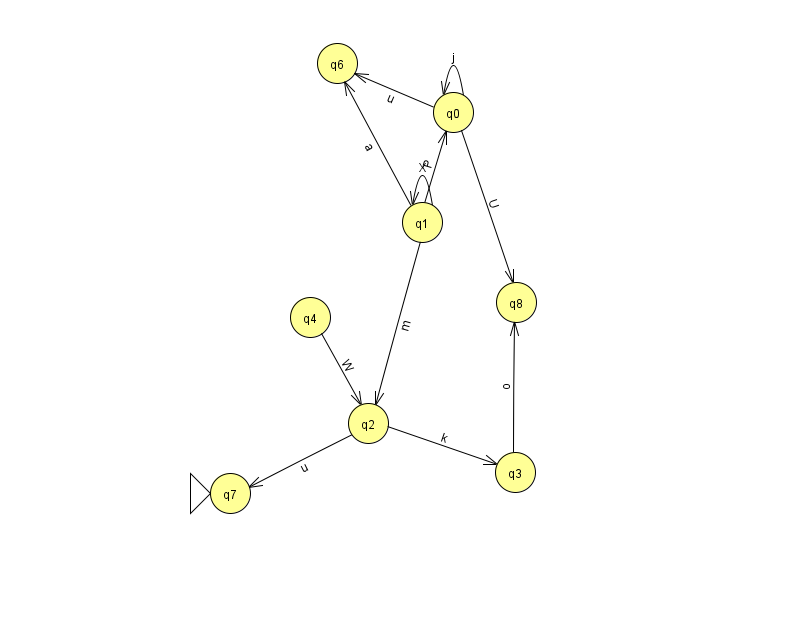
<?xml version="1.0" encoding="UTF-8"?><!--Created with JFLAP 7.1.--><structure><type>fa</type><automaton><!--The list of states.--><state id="0" name="q0"><x>453.0</x><y>99.0</y></state><state id="1" name="q1"><x>422.0</x><y>209.0</y></state><state id="2" name="q2"><x>368.0</x><y>410.0</y></state><state id="3" name="q3"><x>515.0</x><y>459.0</y></state><state id="4" name="q4"><x>310.0</x><y>304.0</y></state><state id="6" name="q6"><x>337.0</x><y>50.0</y></state><state id="7" name="q7"><x>230.0</x><y>480.0</y><initial/></state><state id="8" name="q8"><x>516.0</x><y>289.0</y></state><!--The list of transitions.--><transition><from>2</from><to>7</to><read>u</read></transition><transition><from>1</from><to>2</to><read>m</read></transition><transition><from>2</from><to>3</to><read>k</read></transition><transition><from>1</from><to>6</to><read>a</read></transition><transition><from>4</from><to>2</to><read>W</read></transition><transition><from>0</from><to>6</to><read>u</read></transition><transition><from>1</from><to>1</to><read>X</read></transition><transition><from>1</from><to>0</to><read>P</read></transition><transition><from>0</from><to>0</to><read>j</read></transition><transition><from>0</from><to>8</to><read>U</read></transition><transition><from>3</from><to>8</to><read>o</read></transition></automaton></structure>